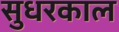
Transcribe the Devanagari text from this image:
सुधरकाल